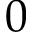
0